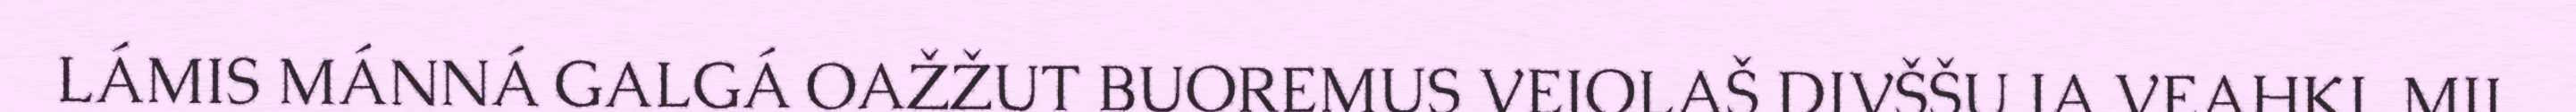
LÁMIS MÁNNÁ GALGÁ OAŽŽUT BUOREMUS VEJOLAŠ DIVŠŠU JA VEAHKI, MII